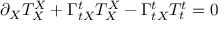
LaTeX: \partial _ { X } T _ { X } ^ { X } + \Gamma _ { t X } ^ { t } T _ { X } ^ { X } - \Gamma _ { t X } ^ { t } T _ { t } ^ { t } = 0